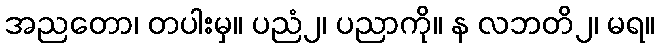
အညတော၊ တပါးမှ။ ပညံ၂၊ ပညာကို။ န လဘတိ၂၊ မရ။